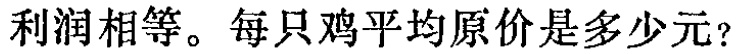
利润相等。每只鸡平均原价是多少元？